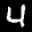
Label: 4